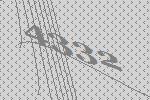
4332